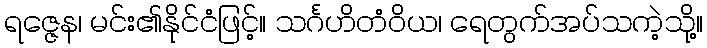
ရဇ္ဇေန၊ မင်း၏နိုင်ငံဖြင့်။ သင်္ဂဟိတံဝိယ၊ ရေတွက်အပ်သကဲ့သို့။